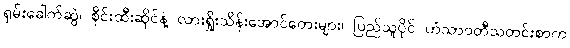
ရှမ်းခေါက်ဆွဲ၊ စိုင်းထီးဆိုင်နဲ့ လားရှိုးသိန်းအောင်တေးများ၊ ပြည်သူပိုင် ဟံသာဝတီသတင်းစာက